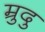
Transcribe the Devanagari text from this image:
म्रुदु